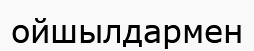
ойшылдармен